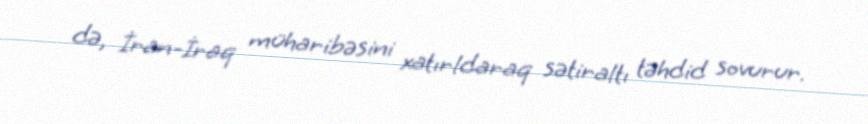
də, İran-İraq müharibəsini xatırldaraq sətiraltı təhdid sovurur.